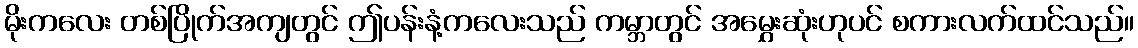
မိုးကလေး တစ်ပြိုက်အကျတွင် ဤပန်းနံ့ကလေးသည် ကမ္ဘာတွင် အမွှေးဆုံးဟုပင် စကားလက်ထင်သည်။